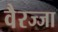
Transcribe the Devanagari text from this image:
वैरज्जा